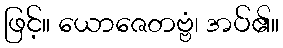
ဖြင့်။ ယောဇေတဗ္ဗံ၊ အပ်၏။